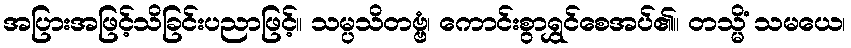
အပြားအဖြင့်သိခြင်းပညာဖြင့်။ သမ္ပသိတဗ္ဗံ၊ ကောင်းစွာရွှင်စေအပ်၏။ တသ္မိံ သမယေ၊